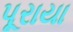
પૂરાયા